Leprosy in India: report of the Leprosy Commission in India, 1890-91
Year: 1890
Disease focus: Leprosy
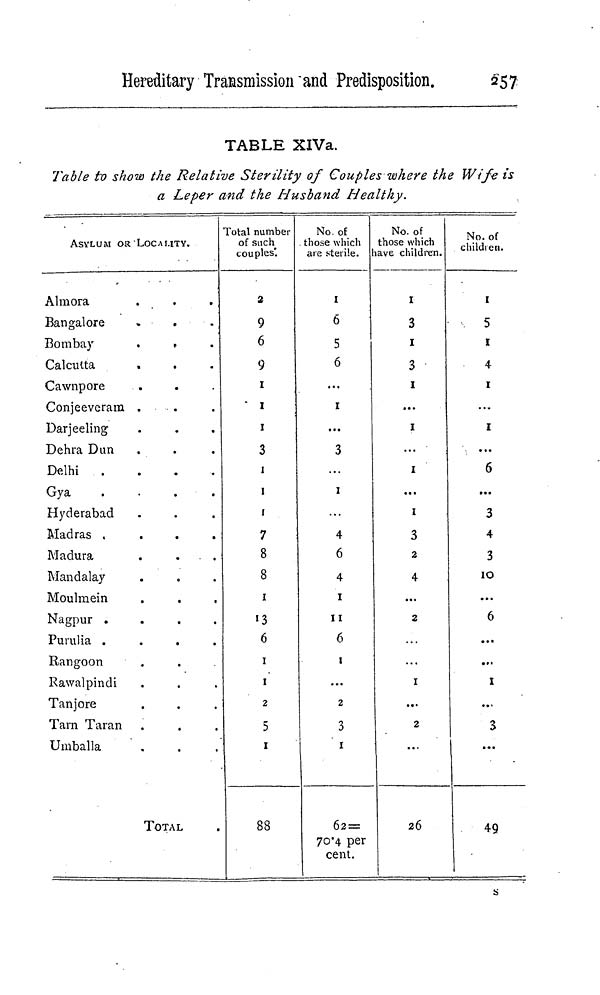
Hereditary Transmission and Predisposition.
257
TABLE XIVa.
Table to show the Relative Sterility of Couples where the Wife is
a Leper and the Husband Healthy.
ASYLUM OR LOCALITY.
Almora
Bangalore
»
.
Bombay
.
«
Calcutta
Cawnpore
Conjeeveram
.
Darjeeling
Dehra Dun
Delhi
.
.
.
.
Gya
.
.
.
.
Hyderabad
Madras
.
.
.
.
Madura
Mandalay
Moulmein
Nagpur
.
.
.
.
Purulia
.
.
.
.
Rangoon
Rawalpindi
Tanjore
Tarn Taran
Umballa
TOTAL
Total number
of such
couples.
2
9
6
9
1
1
1
3
1
1
r
7
8
8
1
13
6
1
1
2
5
1
88
No. of
those which
are sterile.
1
6
5
6
...
1
...
3
1
...
4
6
4
1
11
6
1
...
2
3
1
62 =
70.4 per
cent.
No. of
those which
have children.
1
3
1
3
1
...
1
...
1
...
1
3
2
4
...
2
1
...
2
...
26
No. of
children.
1
5
1
4
1
...
1
...
6
...
3
4
3
10
...
6
...
...
1
...
3
...
49
s